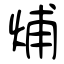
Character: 烳